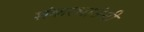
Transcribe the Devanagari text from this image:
शंकरभाऊंनी